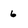
Character: 6